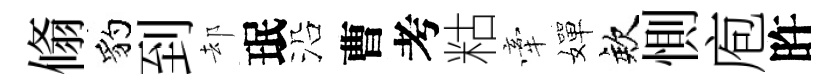
翛豹到却珉沿曹考䊀牽嬋欸惻庖旿